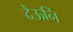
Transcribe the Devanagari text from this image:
देऊनि